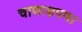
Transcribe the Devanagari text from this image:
चाणाक्षपणा